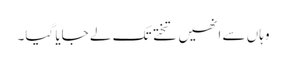
وہاں سے انھیں تختے تک لے جایا گیا۔